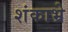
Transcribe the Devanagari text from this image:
शंकाभ्रे